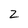
Character: 2